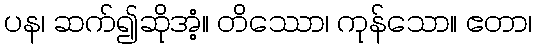
ပန၊ ဆက်၍ဆိုအံ့။ တိဿော၊ ကုန်သော။ ဧတာ၊